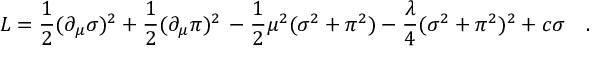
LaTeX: { \cal L } = \frac { 1 } { 2 } ( \partial _ { \mu } \sigma ) ^ { 2 } + \frac { 1 } { 2 } ( \partial _ { \mu } \pi ) ^ { 2 } \nonumber \, - \frac { 1 } { 2 } \mu ^ { 2 } ( \sigma ^ { 2 } + \pi ^ { 2 } ) - \frac { \lambda } { 4 } ( \sigma ^ { 2 } + \pi ^ { 2 } ) ^ { 2 } + c \sigma \quad .